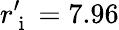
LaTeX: r_{\mathrm{~i~}}^{\prime}=7.96